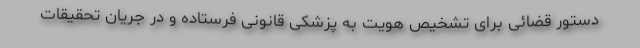
دستور قضائی برای تشخیص هویت به پزشکی قانونی فرستاده و در جریان تحقیقات